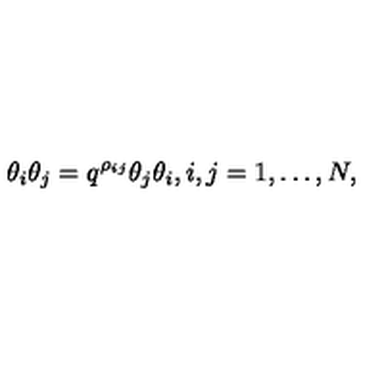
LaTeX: \theta _ { i } \theta _ { j } = q ^ { \rho _ { i j } } \theta _ { j } \theta _ { i } , i , j = 1 , \dots , N ,